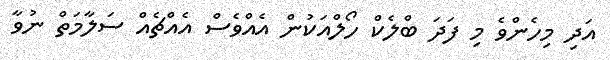
އަދި މިހެންވެ މި ފަދަ ބްލެކް ހޯލްއަކުން އެއްވެސް އެއްޗެއް ސަލާމަތް ނުވާ